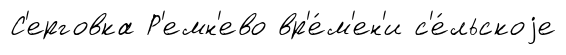
С'ерговка Р'емн'ево вр'е́м'ен'и с'е́льскоjе